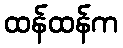
ထန်ထန်က